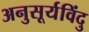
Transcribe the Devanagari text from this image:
अनुसूर्यविंदु